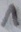
Text: 1